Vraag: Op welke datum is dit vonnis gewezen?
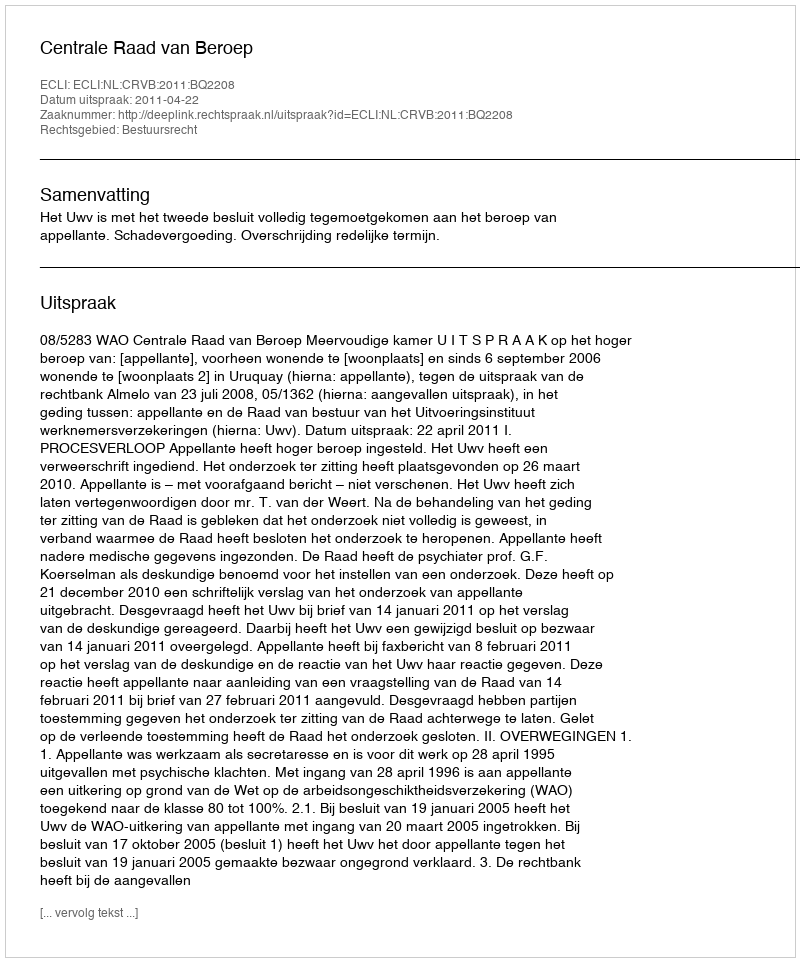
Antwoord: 2011-04-22